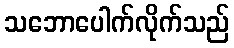
သဘောပေါက်လိုက်သည်